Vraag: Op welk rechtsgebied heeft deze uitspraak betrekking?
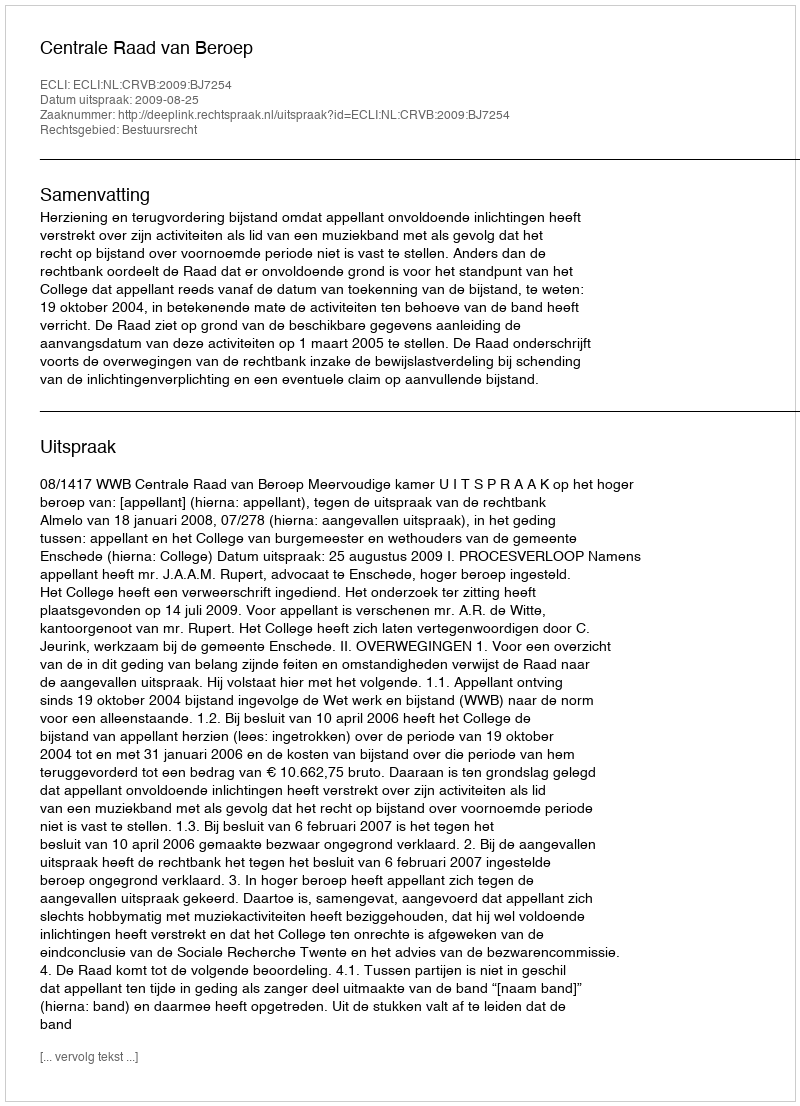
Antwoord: Bestuursrecht